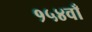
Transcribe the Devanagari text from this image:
१५४वाँ